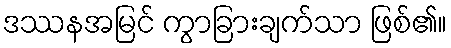
ဒဿနအမြင် ကွာခြားချက်သာ ဖြစ်၏။